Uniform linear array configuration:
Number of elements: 8
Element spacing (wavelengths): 1
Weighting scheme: binomial
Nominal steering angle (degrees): -60
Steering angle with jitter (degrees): -61.198
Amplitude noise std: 0.05
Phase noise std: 0.05

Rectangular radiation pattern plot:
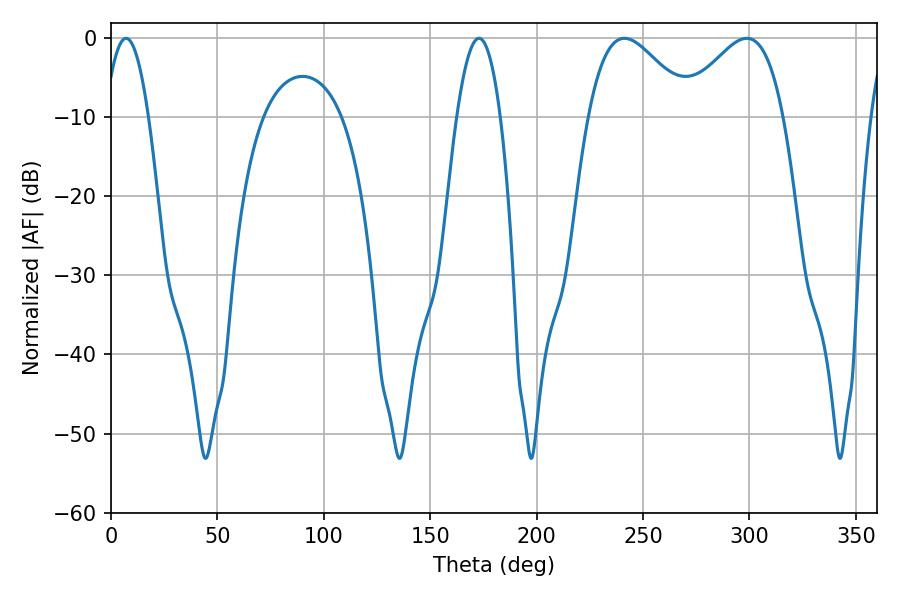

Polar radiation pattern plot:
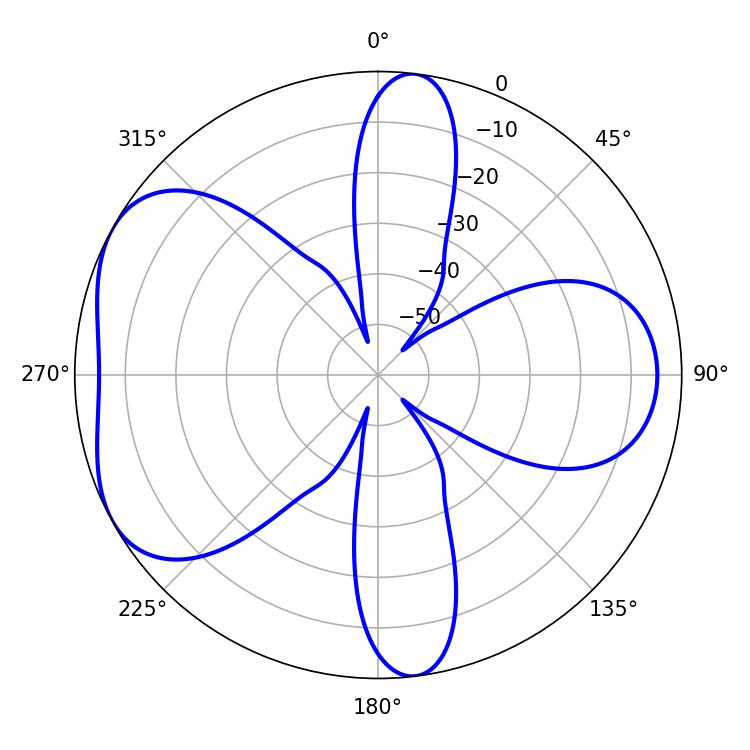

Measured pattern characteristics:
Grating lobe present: TRUE
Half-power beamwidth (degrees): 25.92
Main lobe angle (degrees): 241.2